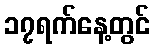
၁၇ရက်နေ့တွင်